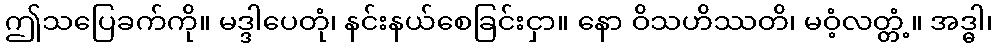
ဤသပြေခက်ကို။ မဒ္ဒါပေတုံ၊ နင်းနယ်စေခြင်းငှာ။ နော ဝိသဟိဿတိ၊ မဝံ့လတ္တံ့။ အဒ္ဓါ၊